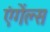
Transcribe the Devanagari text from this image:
एंगेंल्स